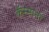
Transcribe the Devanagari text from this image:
कॅस्सानो